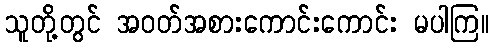
သူတို့တွင် အဝတ်အစားကောင်းကောင်း မပါကြ။